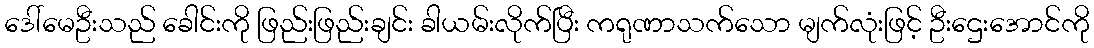
ဒေါ်မေဦးသည် ခေါင်းကို ဖြည်းဖြည်းချင်း ခါယမ်းလိုက်ပြီး ကရုဏာသက်သော မျက်လုံးဖြင့် ဦးဌေးအောင်ကို